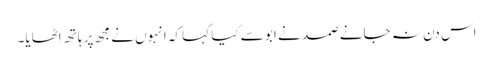
اس دن نہ جانے صمد نے ابو سے کیا کہا کہ انہوں نے مجھ پر ہاتھ اٹھایا۔